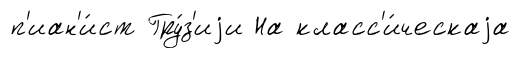
п'иан'и́ст Гру́з'иjи На класс'и́ческаjа